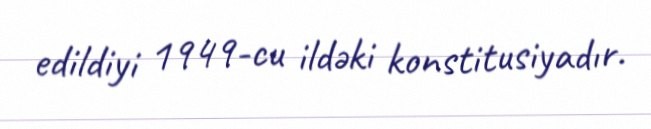
edildiyi 1949-cu ildəki konstitusiyadır.